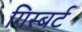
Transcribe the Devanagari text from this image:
गिस्बर्ट